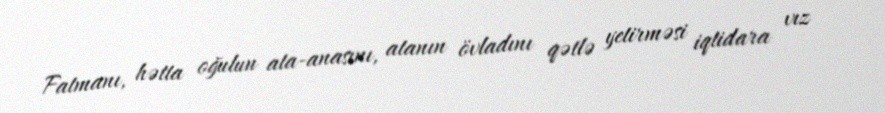
Fatmanı, hətta oğulun ata-anasını, atanın övladını qətlə yetirməsi iqtidara vız